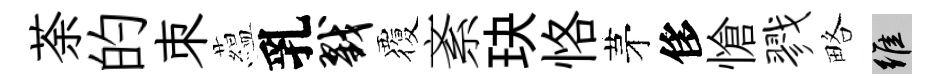
荼的朿藴乳戮覆紊玦恪茅侈愴戮略維